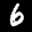
Label: 6